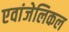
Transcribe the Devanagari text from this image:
एवांजेलिकल